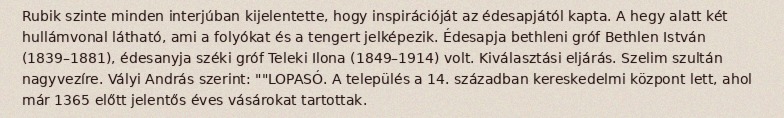
Rubik szinte minden interjúban kijelentette, hogy inspirációját az édesapjától kapta. A hegy alatt két hullámvonal látható, ami a folyókat és a tengert jelképezik. Édesapja bethleni gróf Bethlen István (1839–1881), édesanyja széki gróf Teleki Ilona (1849–1914) volt. Kiválasztási eljárás. Szelim szultán nagyvezíre. Vályi András szerint: ""LOPASÓ. A település a 14. században kereskedelmi központ lett, ahol már 1365 előtt jelentős éves vásárokat tartottak.